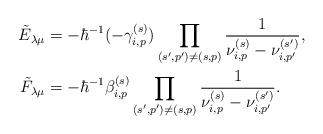
LaTeX: \begin{align*}\tilde{E}_{\lambda \mu} &= -\hbar^{-1} (-\gamma_{i,p}^{(s)}) \displaystyle\prod_{(s',p') \neq (s,p)} \dfrac{1}{\nu_{i,p}^{(s)} - \nu_{i,p'}^{(s')}},\\\tilde{F}_{\lambda \mu} &= -\hbar^{-1} \beta_{i,p}^{(s)} \displaystyle\prod_{(s',p') \neq (s,p)} \dfrac{1}{\nu_{i,p}^{(s)} - \nu_{i,p'}^{(s')}}.\end{align*}